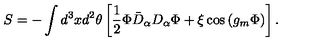
S = - \int d ^ { 3 } x d ^ { 2 } \theta \left[ \frac 1 2 \Phi \bar { D } _ { \alpha } D _ { \alpha } \Phi + \xi \cos \left( g _ { m } \Phi \right) \right] .